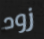
زود